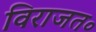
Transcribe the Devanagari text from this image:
विराजत॰